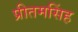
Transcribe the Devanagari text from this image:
प्रीतमसिंह